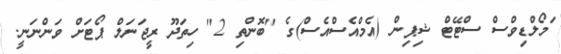
ަމޯލްޑިވްސް ސްޓޭޓް ޝިޕިން (އެމްއެސްއެސް)ގެ "ބޮންތި 2" ހިތަދޫ ރީޖަނަލް ޕޯޓަށް ވަންނަނީ.